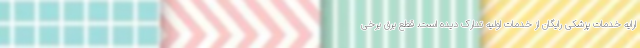
ارایه خدمات پزشکی رایگان از خدمات اولیه تدارک دیده است. قطع برق برخی